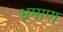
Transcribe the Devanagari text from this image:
भ्रमाण